65_HS1-834228961_62-HQ-83894_Section_8
Agency: FBI
Page 28
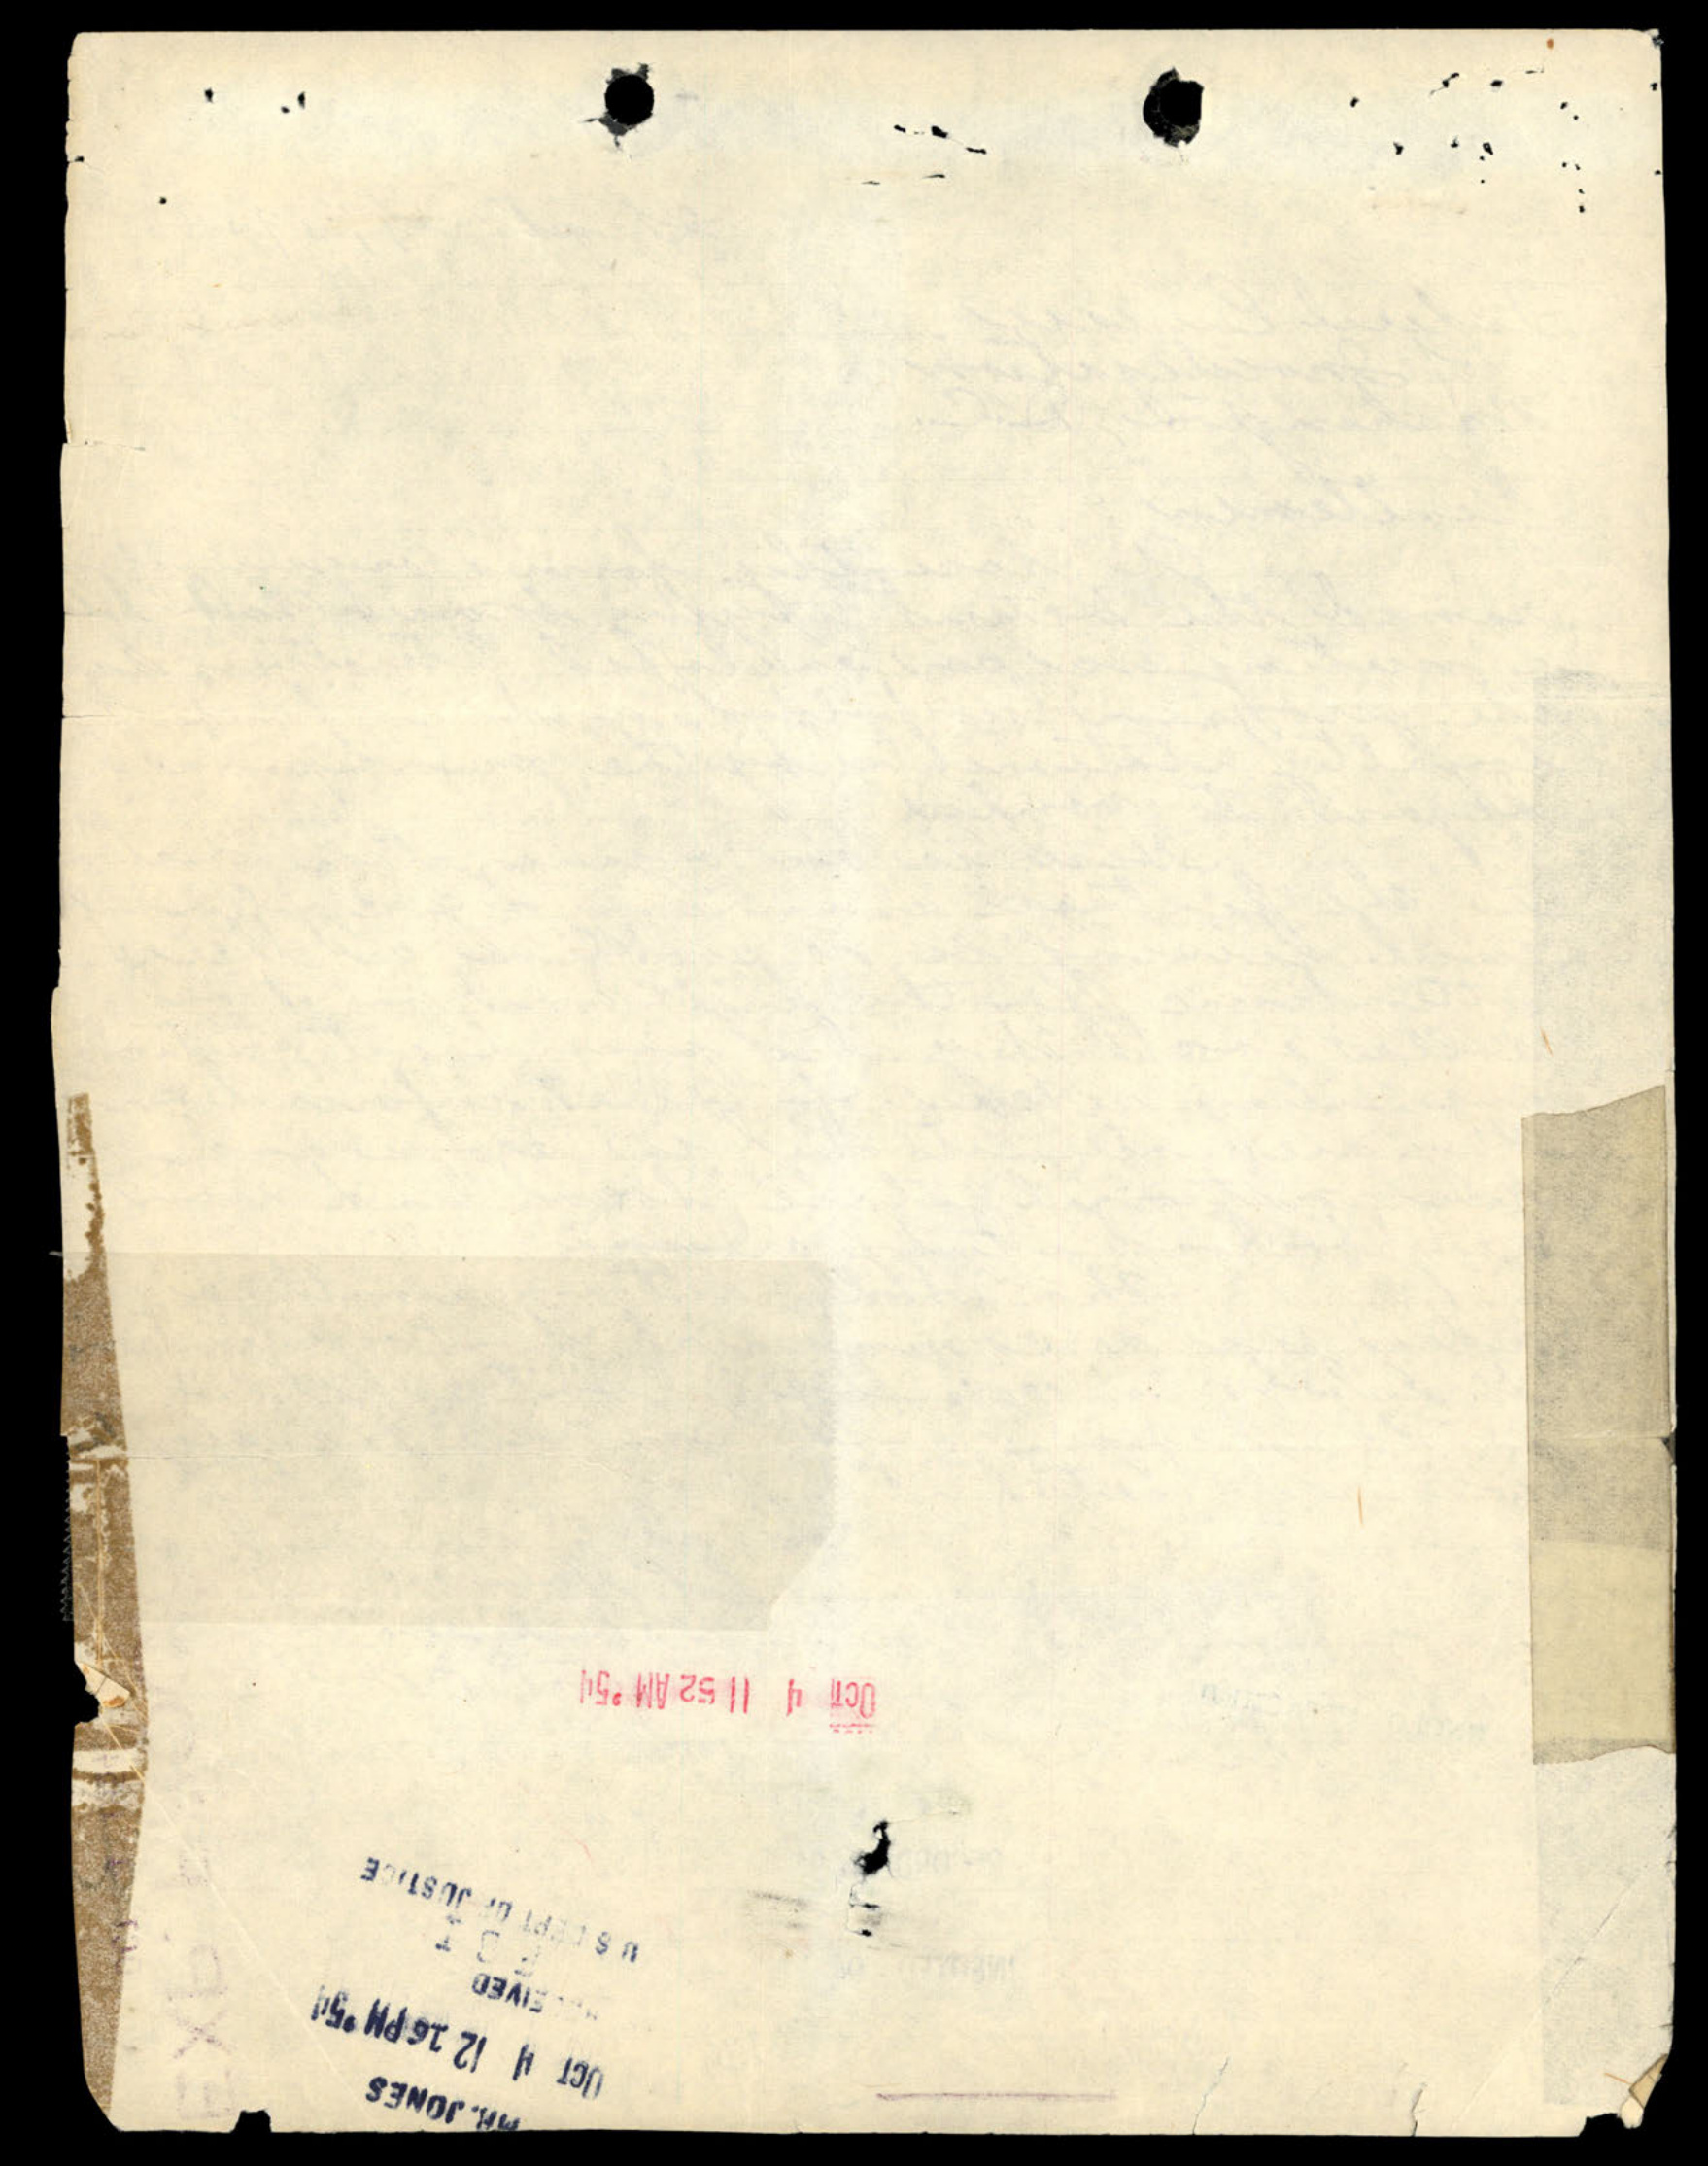